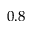
0 . 8